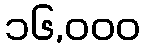
၁၆,၀၀၀